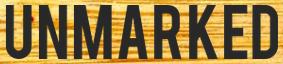
UNMARKED